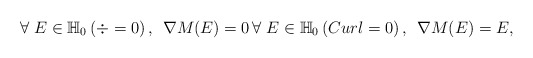
\begin{align*}\forall \; E \in \mathbb{H}_{0}\left(\div=0 \right) , \;\, \nabla M(E) = 0 \, \forall \; E \in \mathbb{H}_{0}\left(Curl=0 \right) , \;\, \nabla M(E) = E,\end{align*}